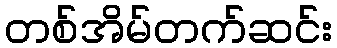
တစ်အိမ်တက်ဆင်း